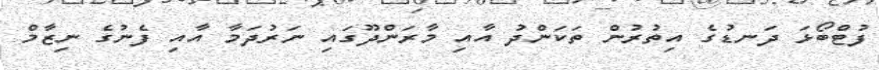
ފުޓްބޯޅަ ދަނޑުގެ އިތުރުން ތަކަންދު އާއި މާރަންދޫގައި ނަރުދަމާ އާއި ފެނުގެ ނިޒާމް